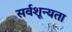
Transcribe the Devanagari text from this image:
सर्वशून्यता